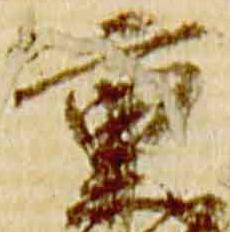
重